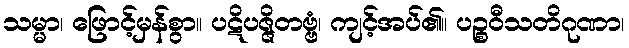
သမ္မာ၊ ဖြောင့်မှန်စွာ။ ပဋိပဇ္ဇိတဗ္ဗံ၊ ကျင့်အပ်၏။ ပဉ္စဝီသတိဂုဏာ၊